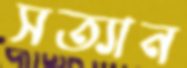
সত্যান